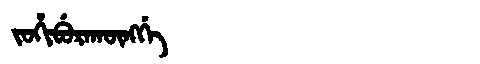
Manchu: ᠵᠣᡥᡳᠪᡠᡵᠠᡴᡡᠩᡤᡝ
Romanization: JOHIBURAKŪNGGE